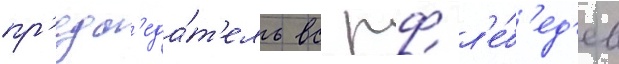
пр'едс'еда́т'ель вс рф л'е́б'ед'ев